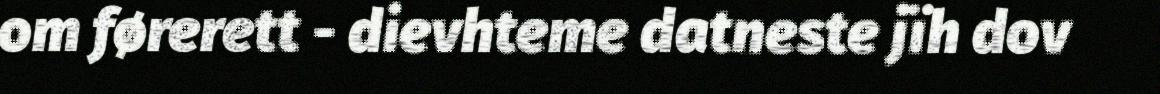
om førerett - dievhteme datneste jïh dov